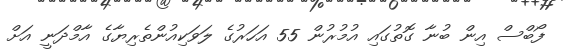
ފޯބްސް އިން ބުނާ ގޮތުގައި އުމުރުން 55 އަހަރުގެ ލަވަކިއުންތެރިޔާގެ އާމްދަނީ އަށް